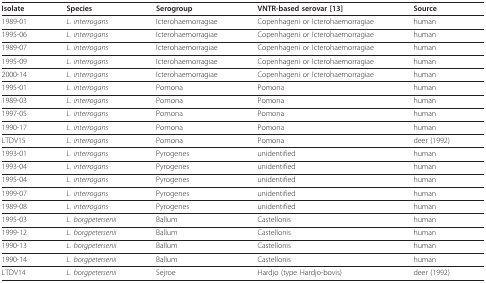
<table><thead><tr><td><b>Isolate</b></td><td><b>Species</b></td><td><b>Serogroup</b></td><td><b>VNTR-based serovar [13]</b></td><td><b>Source</b></td></tr></thead><tbody><tr><td>1989-01</td><td><i>L. interrogans</i></td><td>Icterohaemorragiae</td><td>Copenhageni or Icterohaemorragiae</td><td>human</td></tr><tr><td>1995-06</td><td><i>L. interrogans</i></td><td>Icterohaemorragiae</td><td>Copenhageni or Icterohaemorragiae</td><td>human</td></tr><tr><td>1989-07</td><td><i>L. interrogans</i></td><td>Icterohaemorragiae</td><td>Copenhageni or Icterohaemorragiae</td><td>human</td></tr><tr><td>1995-09</td><td><i>L. interrogans</i></td><td>Icterohaemorragiae</td><td>Copenhageni or Icterohaemorragiae</td><td>human</td></tr><tr><td>2000-14</td><td><i>L. interrogans</i></td><td>Icterohaemorragiae</td><td>Copenhageni or Icterohaemorragiae</td><td>human</td></tr><tr><td>1995-01</td><td><i>L. interrogans</i></td><td>Pomona</td><td>Pomona</td><td>human</td></tr><tr><td>1989-03</td><td><i>L. interrogans</i></td><td>Pomona</td><td>Pomona</td><td>human</td></tr><tr><td>1997-05</td><td><i>L. interrogans</i></td><td>Pomona</td><td>Pomona</td><td>human</td></tr><tr><td>1990-17</td><td><i>L. interrogans</i></td><td>Pomona</td><td>Pomona</td><td>human</td></tr><tr><td>LTDV15</td><td><i>L. interrogans</i></td><td>Pomona</td><td>Pomona</td><td>deer (1992)</td></tr><tr><td>1993-01</td><td><i>L. interrogans</i></td><td>Pyrogenes</td><td>unidentified</td><td>human</td></tr><tr><td>1993-04</td><td><i>L. interrogans</i></td><td>Pyrogenes</td><td>unidentified</td><td>human</td></tr><tr><td>1995-04</td><td><i>L. interrogans</i></td><td>Pyrogenes</td><td>unidentified</td><td>human</td></tr><tr><td>1999-07</td><td><i>L. interrogans</i></td><td>Pyrogenes</td><td>unidentified</td><td>human</td></tr><tr><td>1989-08</td><td><i>L. interrogans</i></td><td>Pyrogenes</td><td>unidentified</td><td>human</td></tr><tr><td>1995-03</td><td><i>L. borgpetersenii</i></td><td>Ballum</td><td>Castellonis</td><td>human</td></tr><tr><td>1999-12</td><td><i>L. borgpetersenii</i></td><td>Ballum</td><td>Castellonis</td><td>human</td></tr><tr><td>1990-13</td><td><i>L. borgpetersenii</i></td><td>Ballum</td><td>Castellonis</td><td>human</td></tr><tr><td>1990-14</td><td><i>L. borgpetersenii</i></td><td>Ballum</td><td>Castellonis</td><td>human</td></tr><tr><td>LTDV14</td><td><i>L. borgpetersenii</i></td><td>Sejroe</td><td>Hardjo (type Hardjo-bovis)</td><td>deer (1992)</td></tr></tbody></table>